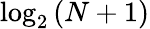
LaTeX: \log_{2}{(N+1)}